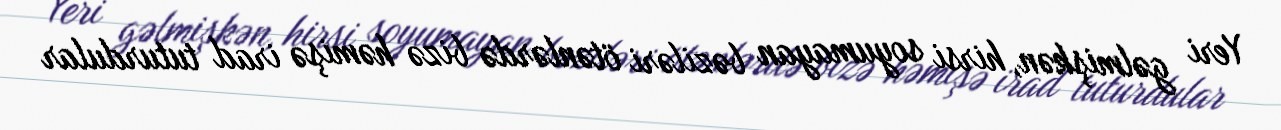
Yeri gəlmişkən, hirsi soyumayan bəziləri ötənlərdə bizə həmişə irad tuturdular